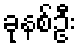
ခုနစ်ဦး